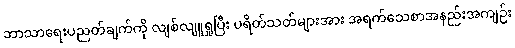
ဘာသာရေးပညတ်ချက်ကို လျစ်လျူရှုပြီး ပရိတ်သတ်များအား အရက်သေစာအနည်းအကျဉ်း